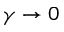
\gamma \to 0